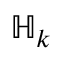
{ \mathbb H } _ { k }